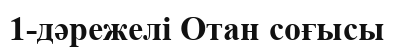
1-дәрежелі Отан соғысы